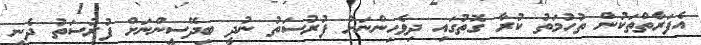
އެފަރާތްތަކުން ތުހުމަތު ކުރާ ގޮތުގައި ދިވެހިންނަށް ފުރުސަތު ނުދީ ބިދޭސީންނަށް ފުރުސަތު ދެނީ